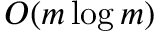
O ( m \log m )